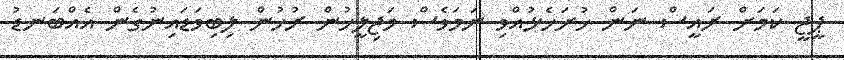
ޕީޖީ ކަމަށް ރައީސް ނަން ހުށަހެޅުއްވި ނަމަވެސް މަޖިލީހުން ރުހުން ލިބިވަޑައިނުގެން އެއްބަނޑު